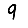
Digit: 9